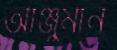
আঞ্জুমান